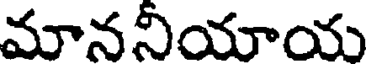
మాననీయాయ